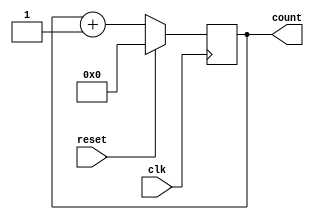
module FourBitCounter(
	 input clk,
	 input reset,
	 output [3:0] count
	 );

reg [3:0] count;

always @ (posedge(clk))

begin
if (reset == 1'b1)
	count = 4'b0000;
else
	count = count + 1;
end
endmodule